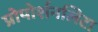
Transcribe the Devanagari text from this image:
प्रोपोर्शनलिटा